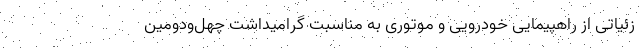
زئیاتی از راهپیمایی خودرویی و موتوری به مناسبت گرامیداشت چهل‌ودومین